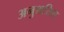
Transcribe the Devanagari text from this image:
अनुशसित